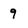
Character: 9